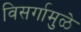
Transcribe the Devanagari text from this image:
विसर्गामुळे